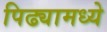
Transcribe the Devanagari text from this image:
पिढ्यामध्ये